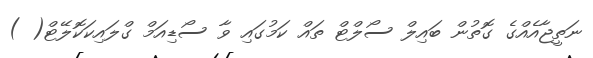
ނަތީޖާއެއްގެ ގޮތުން ބައިލް ސޯލްޓް ތައް ކަމުގައި ވާ ސޯޑިއަމް ގްލައިކަކޮލޭޓް( )